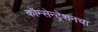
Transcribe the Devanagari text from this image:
कॉन्सेन्ट्रेशनचा